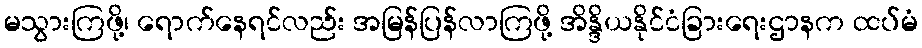
မသွားကြဖို့၊ ရောက်နေရင်လည်း အမြန်ပြန်လာကြဖို့ အိန္ဒိယနိုင်ငံခြားရေးဌာနက ထပ်မံ